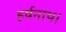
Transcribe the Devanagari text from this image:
हर्षनाथ।